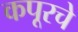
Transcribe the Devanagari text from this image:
कपूरचे